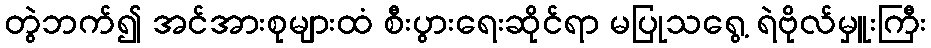
တွဲဘက်၍ အင်အားစုများထံ စီးပွားရေးဆိုင်ရာ မပြုသရွေ့ ရဲဗိုလ်မှူးကြီး